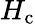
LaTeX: H_{\mathrm{c}}